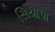
સિયાપા